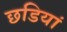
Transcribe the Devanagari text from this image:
छडियां